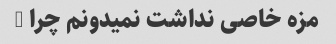
مزه خاصی نداشت نمیدونم چرا …